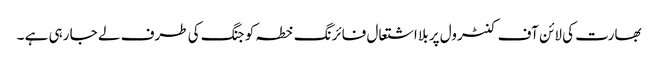
بھارت کی لائن آف کنٹرول پر بلا اشتعال فائرنگ خطہ کو جنگ کی طرف لے جا رہی ہے ۔